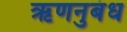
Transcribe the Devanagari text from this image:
ऋणनुबंध